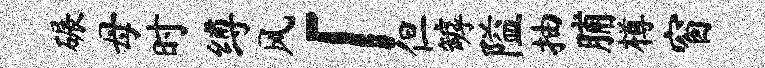
碾母时缚风「但罅隘抽脯樽窗